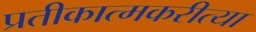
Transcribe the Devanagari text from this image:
प्रतीकात्मकरीत्या